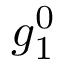
g _ { 1 } ^ { 0 }